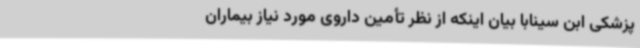
پزشکی ابن سینابا بیان اینکه از نظر تأمین داروی مورد نیاز بیماران